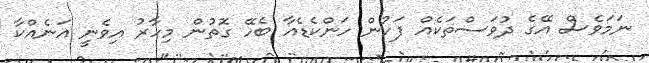
ނަމަވެސް އޭގެ ދުވަސްތަކެއް ފަހުން ހަންކެޑެއާ ބެހޭ ގޮތުން މިހާރު އިވެނީ އަނެއްކާ